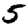
Digit: 5